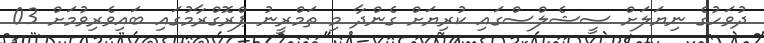
ދުވަހުގެ ނިޔަލަށް ސީޝެލްސްގައި ކުރިޔަށް ގެންދާ މި ތަމްރީނު ޕްރޮގްރާމުގައި ބައިވެރިވުމަށް 03